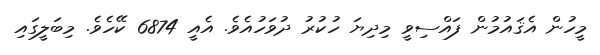
މީހުން އެޤައުމުން ފައްސިވީ މިދިޔަ ހުކުރު ދުވަހުއެވެ. އެއީ 6874 ކޭހެވެ. މިބަލީގައި